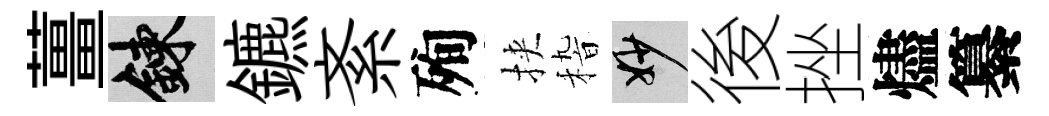
薑練鑣紊殉挾𥟵妙後挫燼纂